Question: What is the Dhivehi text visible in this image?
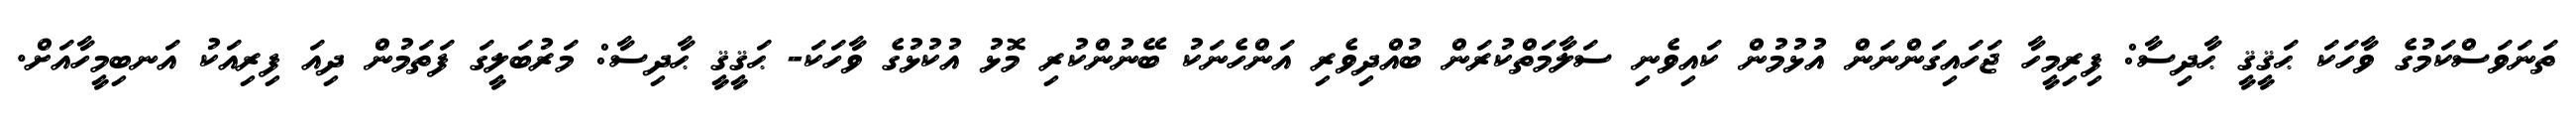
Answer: ތަނަވަސްކަމުގެ ވާހަކަ ޙަޤީޤީ ޙާދިސާ: ފިރިމީހާ ޖަހައިގަންނަން އުޅުމުން ކައިވެނި ސަލާމަތްކުރަން ބުއްދިވެރި އަންހެނަކު ބޭނުންކުރި މޮޅު އުކުޅުގެ ވާހަކަ- ޙަޤީޤީ ޙާދިސާ: މަރުބަލީގަ ފަތަމުން ދިއަ ފިރިއަކު އަނބިމީހާއަށް.